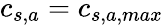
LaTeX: c_{s,a}=c_{s,a,max}